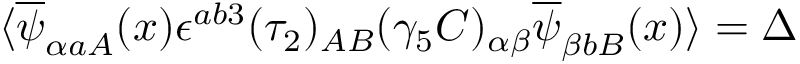
\langle \overline { { { \psi } } } _ { \alpha a A } ( x ) { \epsilon } ^ { a b 3 } ( \tau _ { 2 } ) _ { A B } ( \gamma _ { 5 } C ) _ { \alpha \beta } \overline { { { \psi } } } _ { \beta b B } ( x ) \rangle = \Delta